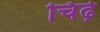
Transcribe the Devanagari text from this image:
चिढ़े